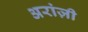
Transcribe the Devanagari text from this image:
अरांज़ी